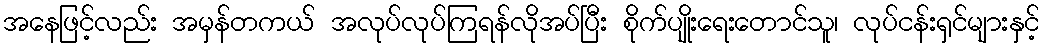
အနေဖြင့်လည်း အမှန်တကယ် အလုပ်လုပ်ကြရန်လိုအပ်ပြီး စိုက်ပျိုးရေးတောင်သူ၊ လုပ်ငန်းရှင်များနှင့်